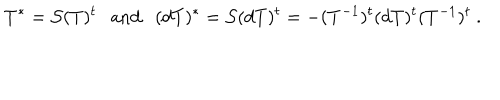
T ^ { * } = { \cal S } ( T ) ^ { t } \mathrm { a n d } ( d T ) ^ { * } = { \cal S } ( d T ) ^ { t } = - ( T ^ { - 1 } ) ^ { t } ( d T ) ^ { t } ( T ^ { - 1 } ) ^ { t } ~ .